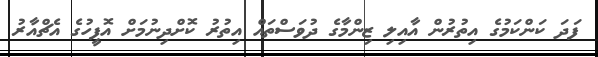
ފަދަ ކަންކަމުގެ އިތުރުން އާއިލި ޒިންމާގެ ދުވަސްތައް އިތުރު ކޮށްދިނުމަށް އޮފީހުގެ އެޗްއާރު